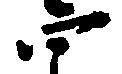
四